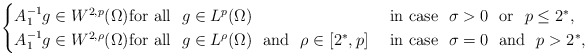
\begin{align*}\begin{cases} A_1^{-1}g\in W^{2,p}(\Omega)\mbox{for all } \ g\in L^p(\Omega) &\mbox{ in case } \ \sigma > 0 \ \mbox{ or } \ p \leq 2^*,\\ A_1^{-1}g\in W^{2,\rho}(\Omega)\mbox{for all } \ g\in L^\rho(\Omega) \ \mbox{ and } \ \rho \in [2^*,p] &\mbox{ in case } \ \sigma = 0 \ \mbox{ and } \ p > 2^*,\end{cases}\end{align*}